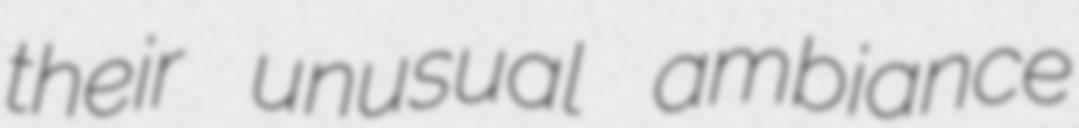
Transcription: their unusual ambiance